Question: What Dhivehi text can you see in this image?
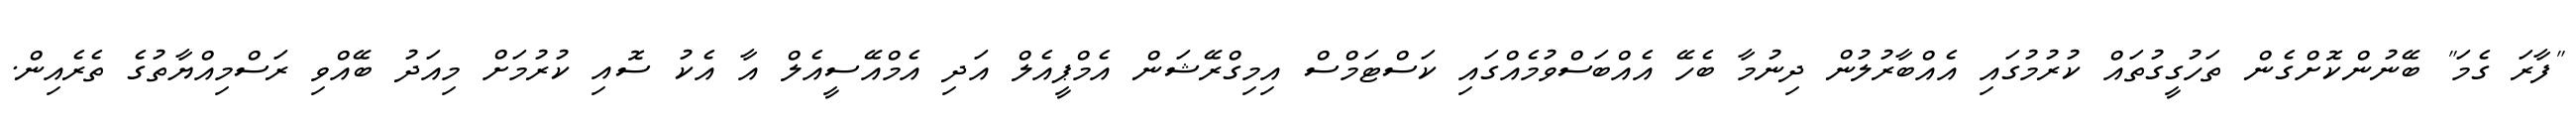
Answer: "ފާރަ ގެމަ" ބޭނުންކޮށްގެން ތަހުގީގުތައް ކުރުމުގައި އެއްބާރުލުން ދިނުމާ ބެހޭ އެއްބަސްވުމެއްގައި ކަސްޓަމްސް އިމިގްރޭޝަން އެމްޕީއެލް އަދި އެމްއޭސީއެލް އާ އެކު ސޮއި ކުރުމަށް މިއަދު ބޭއްވި ރަސްމިއްޔާތުގެ ތެރެއިން.